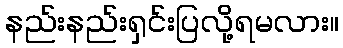
နည်းနည်းရှင်းပြလို့ရမလား။